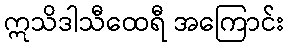
ဣသိဒါသီထေရီ အကြောင်း